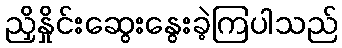
ညှိနှိုင်းဆွေးနွေးခဲ့ကြပါသည်